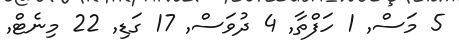
5 މަސް